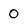
Character: 0